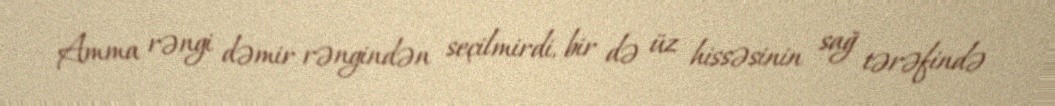
Amma rəngi dəmir rəngindən seçilmirdi, bir də üz hissəsinin sağ tərəfində